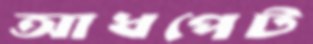
আধপেট